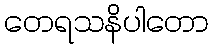
တေရသနိပါတော